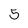
Character: 5